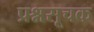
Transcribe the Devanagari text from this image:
प्रश्नसूचक